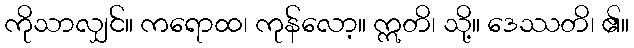
ကိုသာလျှင်။ ကရောထ၊ ကုန်လော့။ ဣတိ၊ သို့။ ဒေဿတိ၊ ၏။